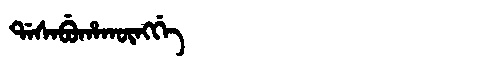
Manchu: ᡩᠠᠰᠠᠪᡠᡥᠠᡴᡡᠩᡤᡝ
Romanization: DASABUHAKŪNGGE